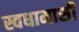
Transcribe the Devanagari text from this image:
स्वधामासी